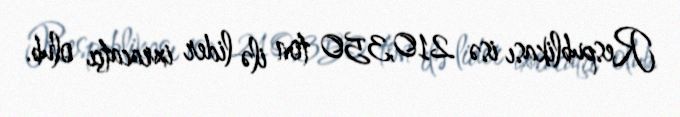
Respublikası isə 210,350 ton ilə lider ixracatçı olub.